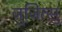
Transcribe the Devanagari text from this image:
जुजित्सु